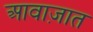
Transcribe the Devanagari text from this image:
आवाज़ात